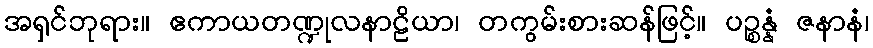
အရှင်ဘုရား။ ဧကာယတဏ္ဍုလနာဠိယာ၊ တကွမ်းစားဆန်ဖြင့်။ ပဉ္စန္နံ ဇနာနံ၊